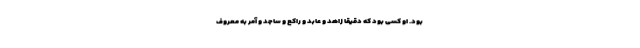
بود. او کسی بود که دقیقا زاهد و عابد و راکع و ساجد و آمر به معروف